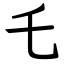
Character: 乇